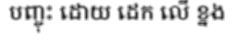
បញ្ចុះ ដោយ ដេក លើ ខ្នង